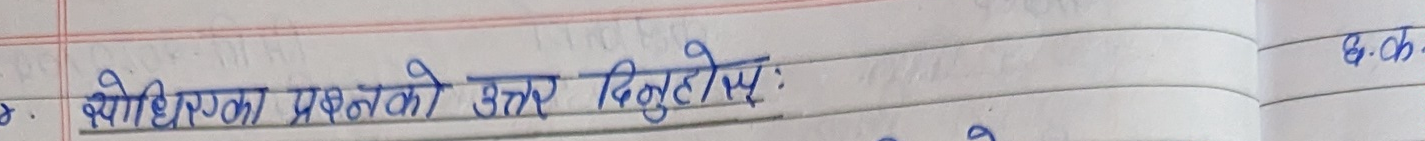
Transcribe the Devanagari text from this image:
२. सोधिएका प्रश्नको उत्तर दिनुहोस्: